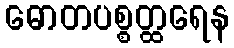
ဓောတပစ္စတ္ထရေန